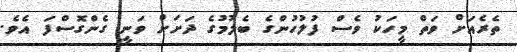
ތެރެއަށް ވަތް މީހަކު ވެސް ފުލުހުންގެ ބެލުމުގެ ދަށަށް ވަނީ ގެންގޮސްފަ އެވެ.